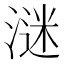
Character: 㴹